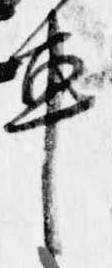
車